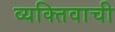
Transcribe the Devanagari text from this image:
व्यक्तिवाची